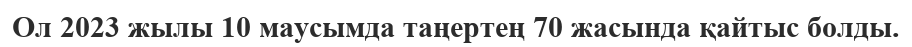
Ол 2023 жылы 10 маусымда таңертең 70 жасында қайтыс болды.